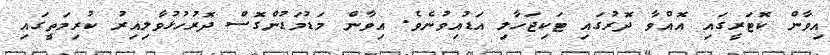
އިވާން ކޮޓަރީގައި އޮއްވާ ދޮރުގައި ޓަކިޖަހާލި އަޑުއިވުނެވެ. އިވާން މަޑުމަޑުންގޮސް ދޮރުހުޅުވާލިއިރު ކުރިމަތީގައި